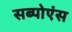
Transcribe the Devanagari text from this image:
सब्पोएंस